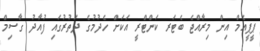
ޕީޕީއެމް އިން މިރާއްޖެ ބެޓަރ ކަންޓްރީ އަކަށް ހެދުމުގެ ދަތުރުގައި ފުއާދު ގާސިމް